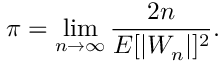
\pi = \operatorname* { l i m } _ { n \to \infty } { \frac { 2 n } { E [ | W _ { n } | ] ^ { 2 } } } .